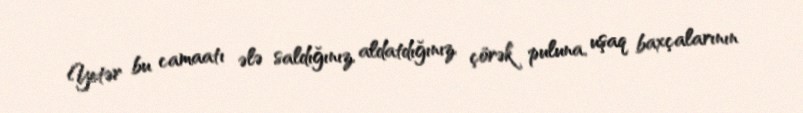
Yetər bu camaatı ələ saldığınız, aldatdığınız, çörək puluna, uşaq baxçalarının